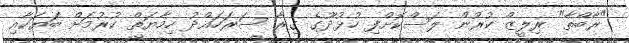
"ރާބްތާ" ރިލީޒް ކުރުން ލަސްކޮށްފި ހުޅުދޫގެ ގިރާ ސަރަހައްދު ހިމާޔަތް ކުރުމަށް ބަޔަކާއި